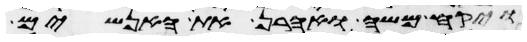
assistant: ויקח משה ואהרן את האנשים